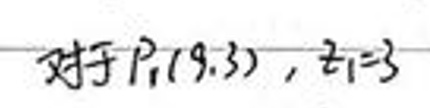
对于\(P_1(9,3)\)，\(t_1 = 3\)